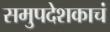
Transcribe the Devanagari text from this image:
समुपदेशकाचं